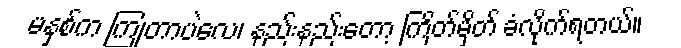
မနှစ်က ကြုံတာပဲလေ၊ နည်းနည်းတော့ ကြိတ်မှိတ် ခံလိုက်ရတယ်။